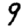
Digit: 9